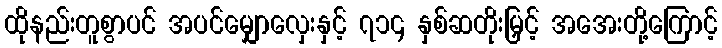
ထိုနည်းတူစွာပင် အပင်မျှောလှေးနှင့် ၇၁၄ နှစ်ဆတိုးမြှင့် အအေးတို့ကြောင့်